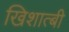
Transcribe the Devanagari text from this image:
खिशात्बी